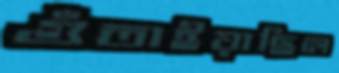
গুঁতাইয়াছিল